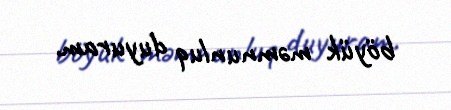
böyük məmnunluq duyuram.